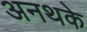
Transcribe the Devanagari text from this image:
अनथके